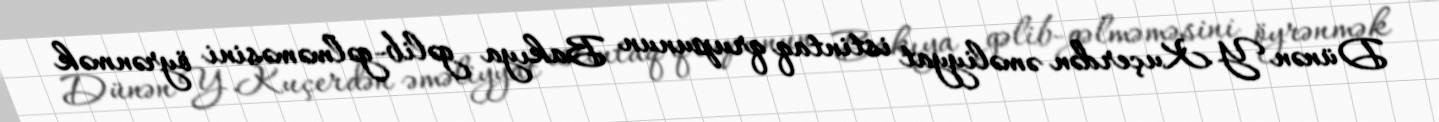
Dünən Y.Kuçerdən əməliyyat istintaq qrupunun Bakıya gəlib-gəlməməsini öyrənmək